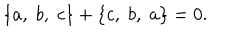
\{ a , \; b , \; c \} + \{ c , \; b , \; a \} = 0 .